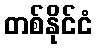
တစ်နိုင်ငံ